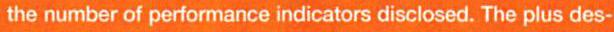
the number of performance indicators disclosed. The plus des-